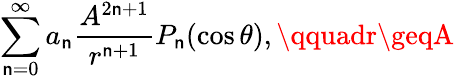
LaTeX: \sum_{\mathsf{n}=0}^{\infty}a_{\mathsf{n}}{\frac{{A^{2\mathsf{n}+1}}}{{r^{\mathsf{n}+1}}}}P_{\mathsf{n}}(\cos\theta),\qquadr\geqA